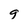
Character: g